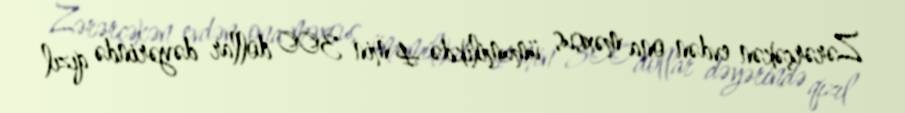
Zərərçəkən evdən ona məxsus ümumilikdə 4 min 300 dollar dəyərində qızıl